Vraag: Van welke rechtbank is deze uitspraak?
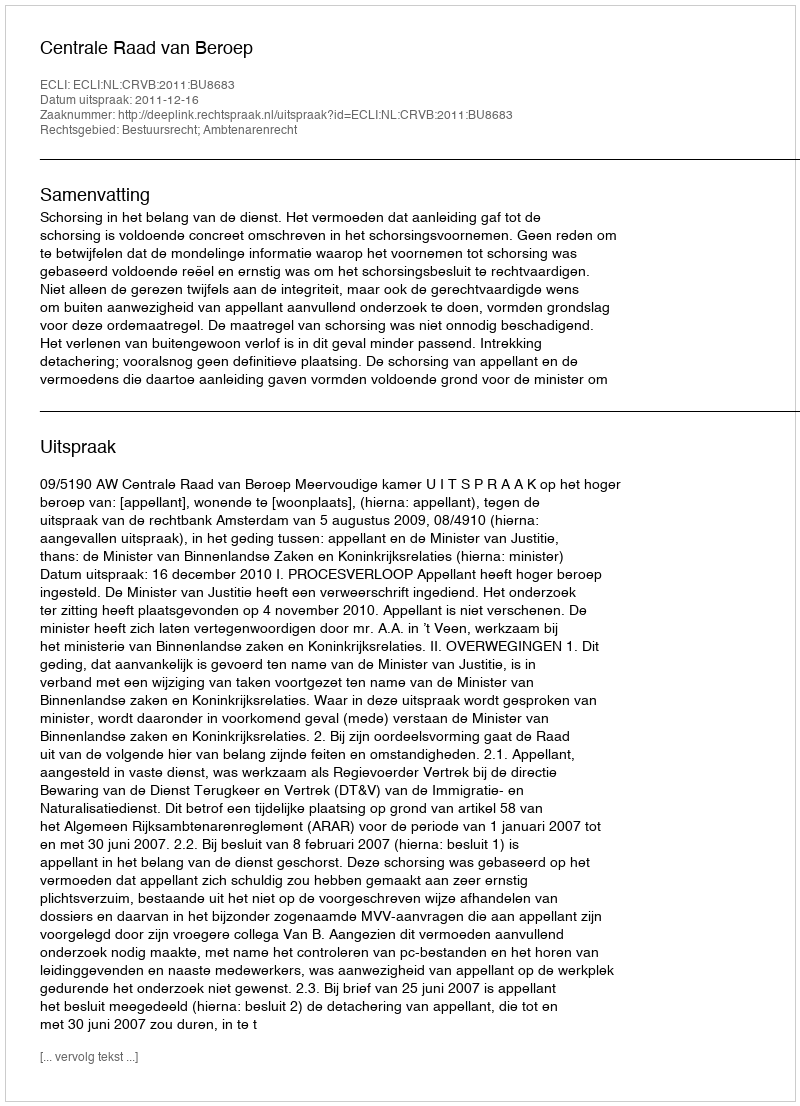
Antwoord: Centrale Raad van Beroep